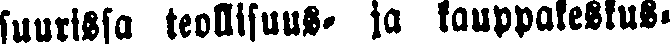
suurissa teollisuus- ja kauppakeskus-